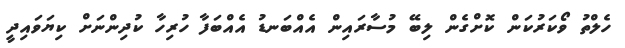
ހެލްތު ވޯކަރުކަން ކޮށްގެން ލިބޭ މުސާރައިން އެއްބަނޑު އެއްބަފާ ހުރިހާ ކުދިންނަށް ކިޔަވައިދީ